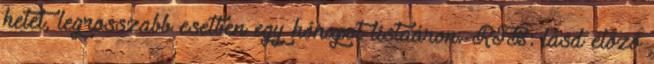
hetet, legrosszabb esetben egy hónapot listaáron. RTB: lásd előző